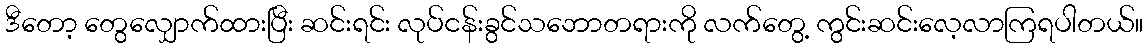
ဒီတော့ တွေလျှောက်ထားပြီး ဆင်းရင်း လုပ်ငန်းခွင်သဘောတရားကို လက်တွေ့ ကွင်းဆင်းလေ့လာကြရပါတယ်။